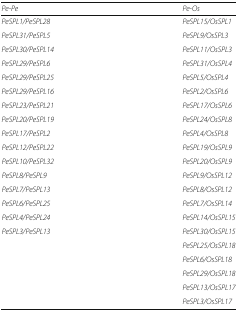
<table><thead><tr><td><b><i>Pe-Pe</i></b></td><td><b><i>Pe-Os</i></b></td></tr></thead><tbody><tr><td><i>PeSPL1/PeSPL28</i></td><td><i>PeSPL15/OsSPL1</i></td></tr><tr><td><i>PeSPL31/PeSPL5</i></td><td><i>PeSPL9/OsSPL3</i></td></tr><tr><td><i>PeSPL30/PeSPL14</i></td><td><i>PeSPL11/OsSPL3</i></td></tr><tr><td><i>PeSPL29/PeSPL6</i></td><td><i>PeSPL31/OsSPL4</i></td></tr><tr><td><i>PeSPL29/PeSPL25</i></td><td><i>PeSPL5/OsSPL4</i></td></tr><tr><td><i>PeSPL29/PeSPL16</i></td><td><i>PeSPL2/OsSPL6</i></td></tr><tr><td><i>PeSPL23/PeSPL21</i></td><td><i>PeSPL17/OsSPL6</i></td></tr><tr><td><i>PeSPL20/PeSPL19</i></td><td><i>PeSPL24/OsSPL8</i></td></tr><tr><td><i>PeSPL17/PeSPL2</i></td><td><i>PeSPL4/OsSPL8</i></td></tr><tr><td><i>PeSPL12/PeSPL22</i></td><td><i>PeSPL19/OsSPL9</i></td></tr><tr><td><i>PeSPL10/PeSPL32</i></td><td><i>PeSPL20/OsSPL9</i></td></tr><tr><td><i>PeSPL8/PeSPL9</i></td><td><i>PeSPL9/OsSPL12</i></td></tr><tr><td><i>PeSPL7/PeSPL13</i></td><td><i>PeSPL8/OsSPL12</i></td></tr><tr><td><i>PeSPL6/PeSPL25</i></td><td><i>PeSPL7/OsSPL14</i></td></tr><tr><td><i>PeSPL4/PeSPL24</i></td><td><i>PeSPL14/OsSPL15</i></td></tr><tr><td><i>PeSPL3/PeSPL13</i></td><td><i>PeSPL30/OsSPL15</i></td></tr><tr><td></td><td><i>PeSPL25/OsSPL18</i></td></tr><tr><td></td><td><i>PeSPL6/OsSPL18</i></td></tr><tr><td></td><td><i>PeSPL29/OsSPL18</i></td></tr><tr><td></td><td><i>PeSPL13/OsSPL17</i></td></tr><tr><td></td><td><i>PeSPL3/OsSPL17</i></td></tr></tbody></table>